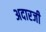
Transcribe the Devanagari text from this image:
अदारजी